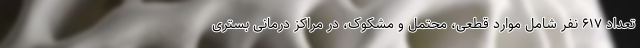
تعداد ۶۱۷ نفر شامل موارد قطعی، محتمل و مشکوک، در مراکز درمانی بستری